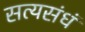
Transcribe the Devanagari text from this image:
सत्यसंधं